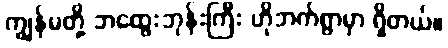
ကျွန်မတို့ ဘထွေးဘုန်းကြီး ဟိုဘက်ရွာမှာ ရှိတယ်။